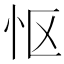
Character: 怄